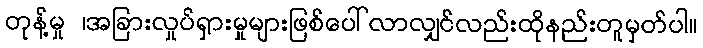
တုန့်မှု ၊အခြားလှုပ်ရှားမှုများဖြစ်ပေါ်လာလျှင်လည်းထိုနည်းတူမှတ်ပါ။